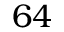
6 4